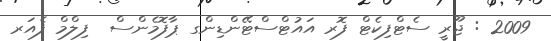
2009 : ޖޫރީ ސެޓްފިކެޓް ފޮރ އައުޓްސްޓޭންޑިންގ ޕާފޮމެންސް  ފިލްމް ފެއަރ